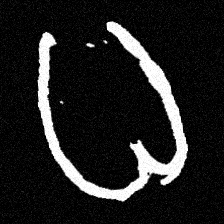
Pyu character \u2014 Myanmar letter: ဓ (romanized: dha)